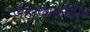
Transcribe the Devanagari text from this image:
जहाजाकरिता